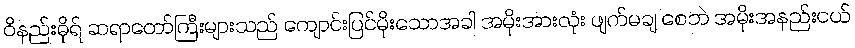
ဝိနည်းဓိုရ် ဆရာတော်ကြီးများသည် ကျောင်းပြင်မိုးသောအခါ အမိုးအားလုံး ဖျက်မချ စေဘဲ အမိုးအနည်းငယ်